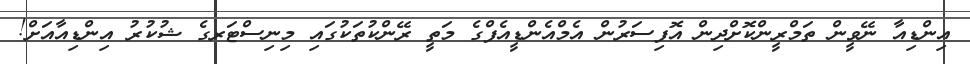
އިންޑިއާ ނޭވީން ތަމްރީންކޮށްދިން އޮފިސަރުން އެމްއެންޑީއެފްގެ މަތީ ރޭންކުތަކުގައި މިނިސްޓަރގެ ޝުކުރު އިންޑިއާއަށް!